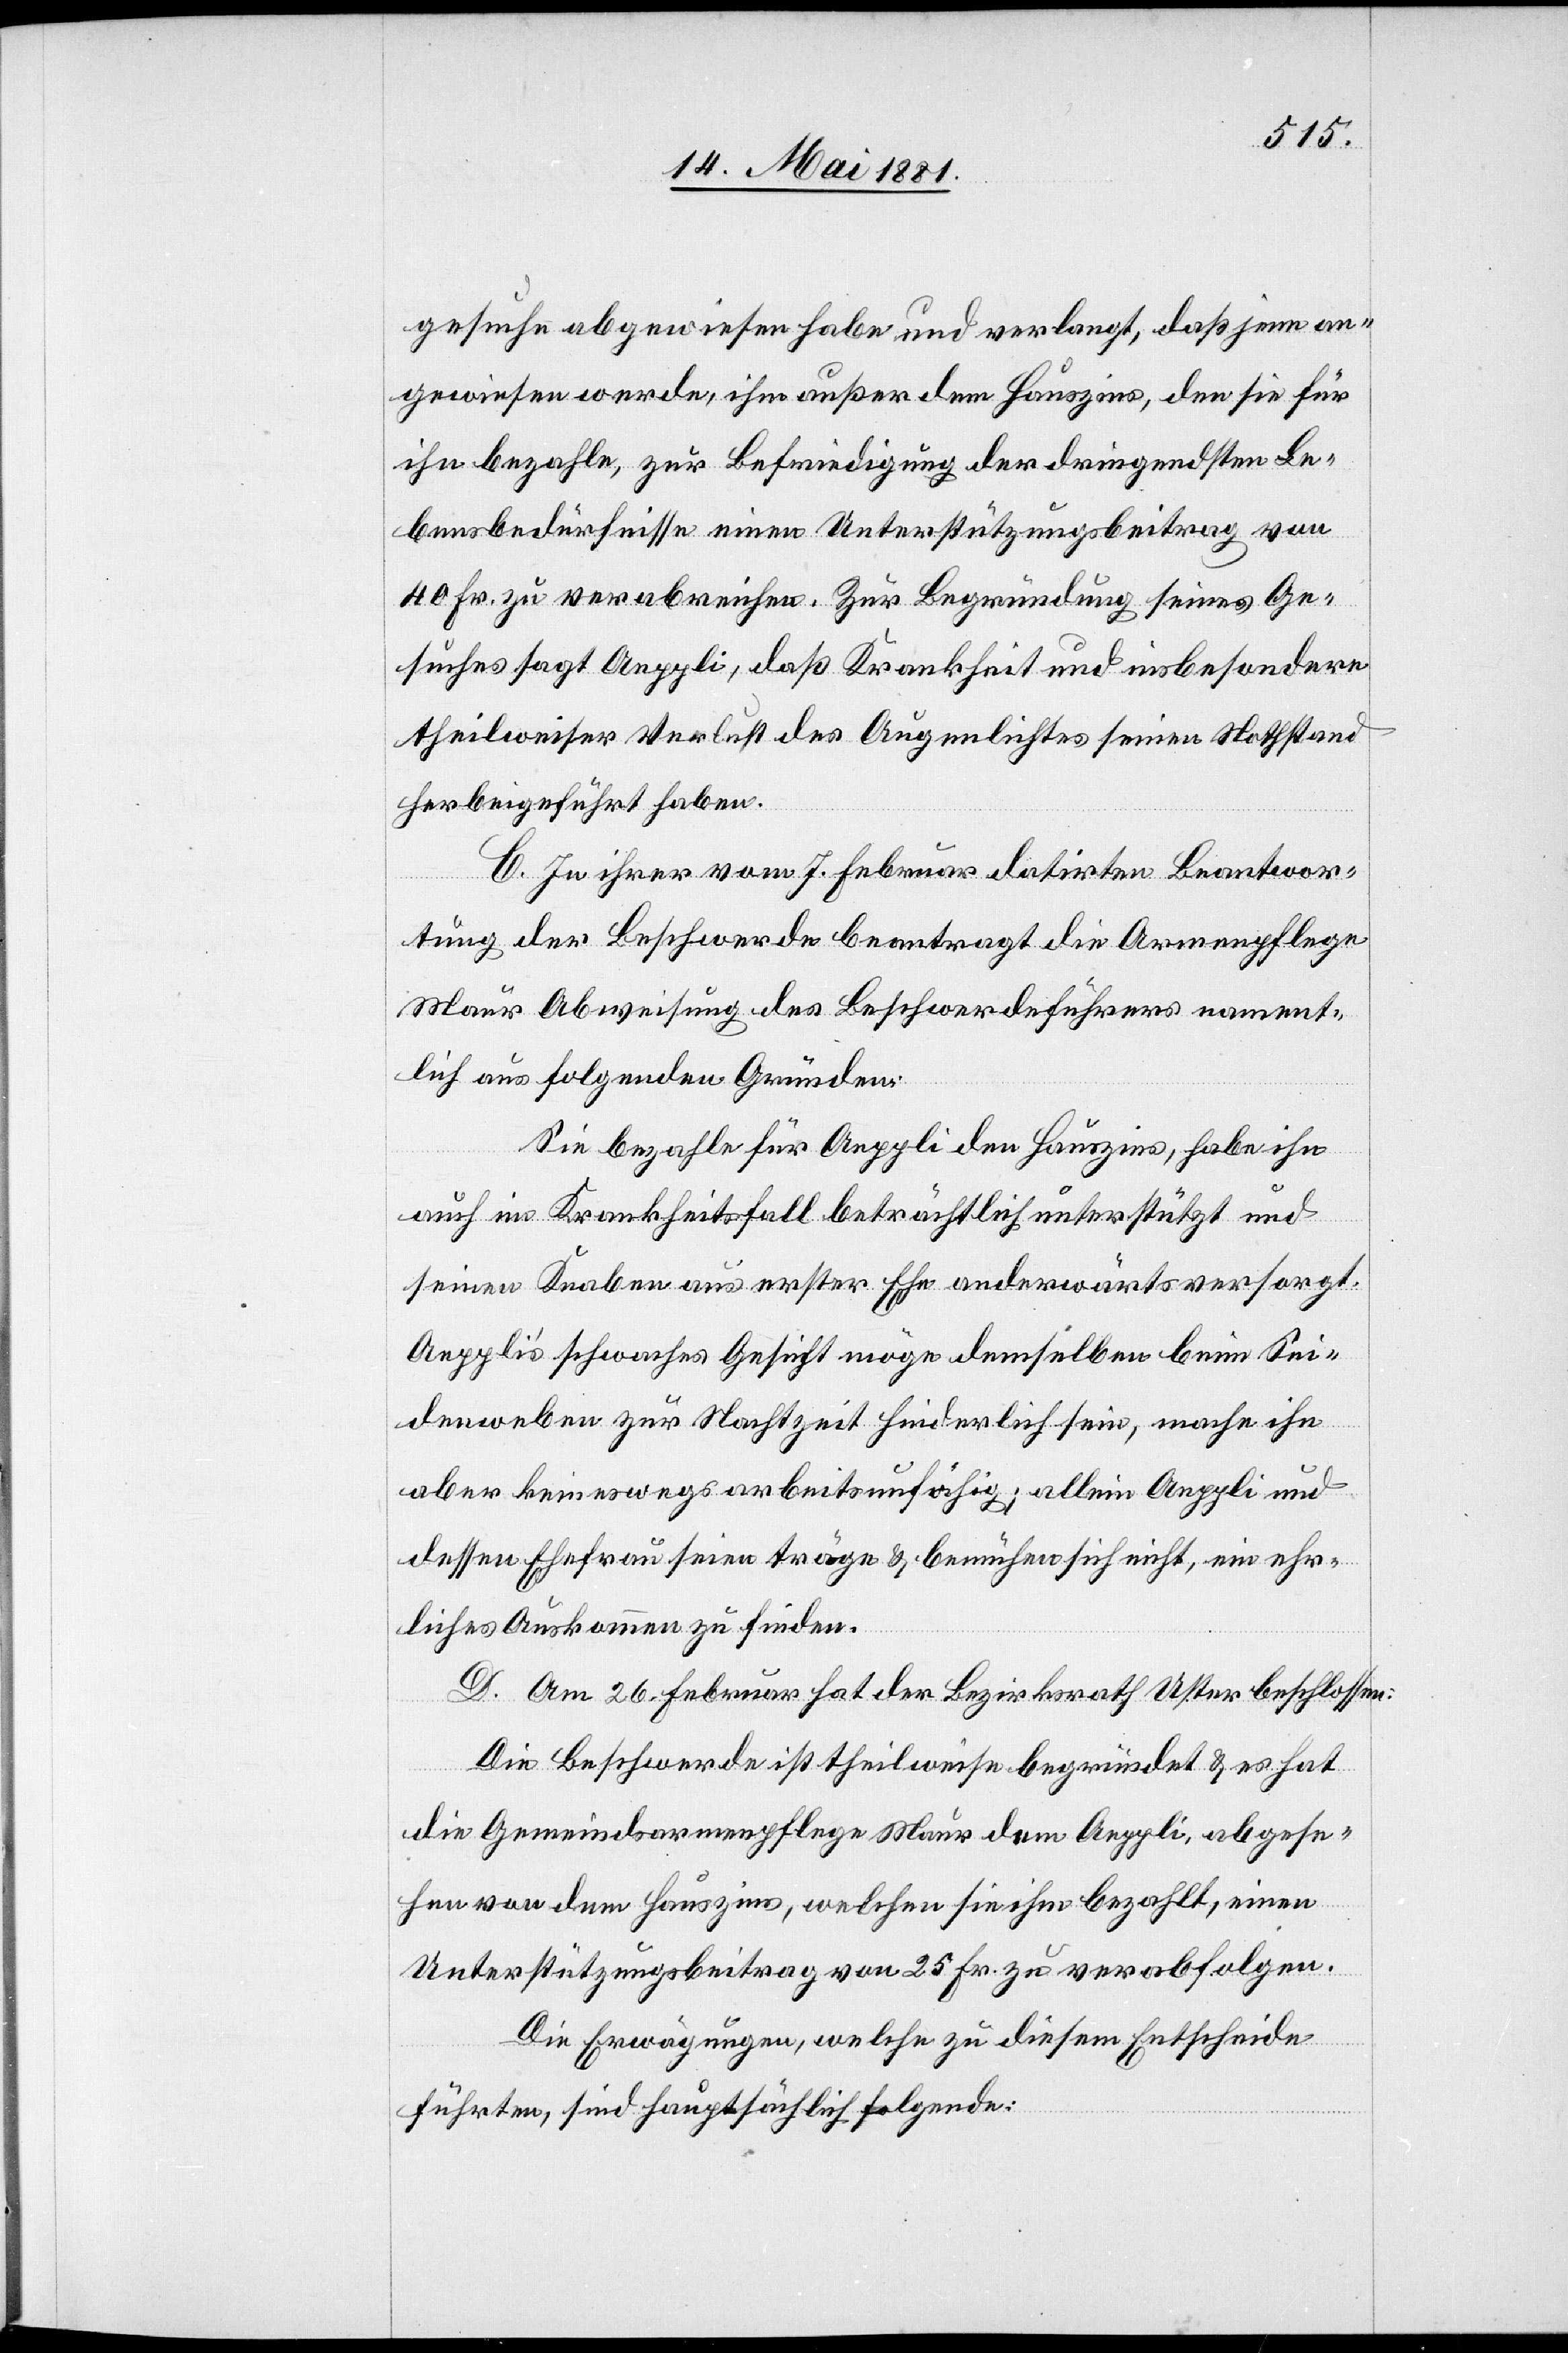
gesuche abgewiesen habe und verlangt, daß jene an¬
gewiesen werde, ihm außer dem Hauszins, den sie für
ihn bezahlen, zur Befriedigung der dringendsten Le¬
bensbedürfnisse einen Unterstützungsbeitrag von
40 Fr. zu verabreichen. Zur Begründung seines Ge¬
suches sagt Aeppli, daß Krankheit und insbesondere
theilweiser Verlust des Augenlichtes seinen Nothstand
herbeigeführt haben.
C. In ihrer vom 7. Februar datirten Beantwor¬
tung der Beschwerde beantragt die Armenpflege
Maur Abweisung des Beschwerdeführers nament¬
lich aus folgenden Gründen:
Sie bezahle für Aeppli den Hauszins, habe ihn
auch im Krankheitsfall beträchtlich unterstützt und
seine Knaben aus erster Ehe anderwärts versorgt.
Aepplis schwaches Gesicht möge demselben beim Sei¬
denweben zur Nachtzeit hinderlich sein, mache ihn
aber keineswegs arbeitsunfähig; allein Aeppli und
dessen Ehefrau seien träge & bemühen sich nicht, ein ehr¬
liches Auskommen zu finden.
D. Am 26. Februar hat der Bezirksrath Uster beschlossen:
Die Beschwerde ist theilweise begründet & es hat
die Gemeindsarmenpflege Maur dem Aeppli, abgese¬
hen von dem Hauszins, welchen sie ihm bezahlt, einen
Unterstützungsbeitrag von 25. Fr. zu verabfolgen.
Die Erwägungen, welche zu diesem Entscheide
führten, sind hauptsächlich folgende: